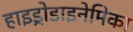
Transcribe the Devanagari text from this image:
हाइड्रोडाइनेमिका